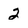
Character: 2